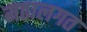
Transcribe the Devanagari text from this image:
मठालगत